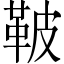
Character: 鞁